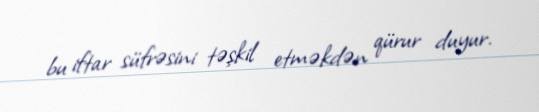
bu iftar süfrəsini təşkil etməkdən qürur duyur.